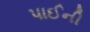
પાઈની